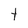
Character: t